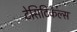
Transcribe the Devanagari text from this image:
टेसिटिकल्स